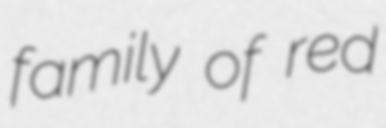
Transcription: family of red